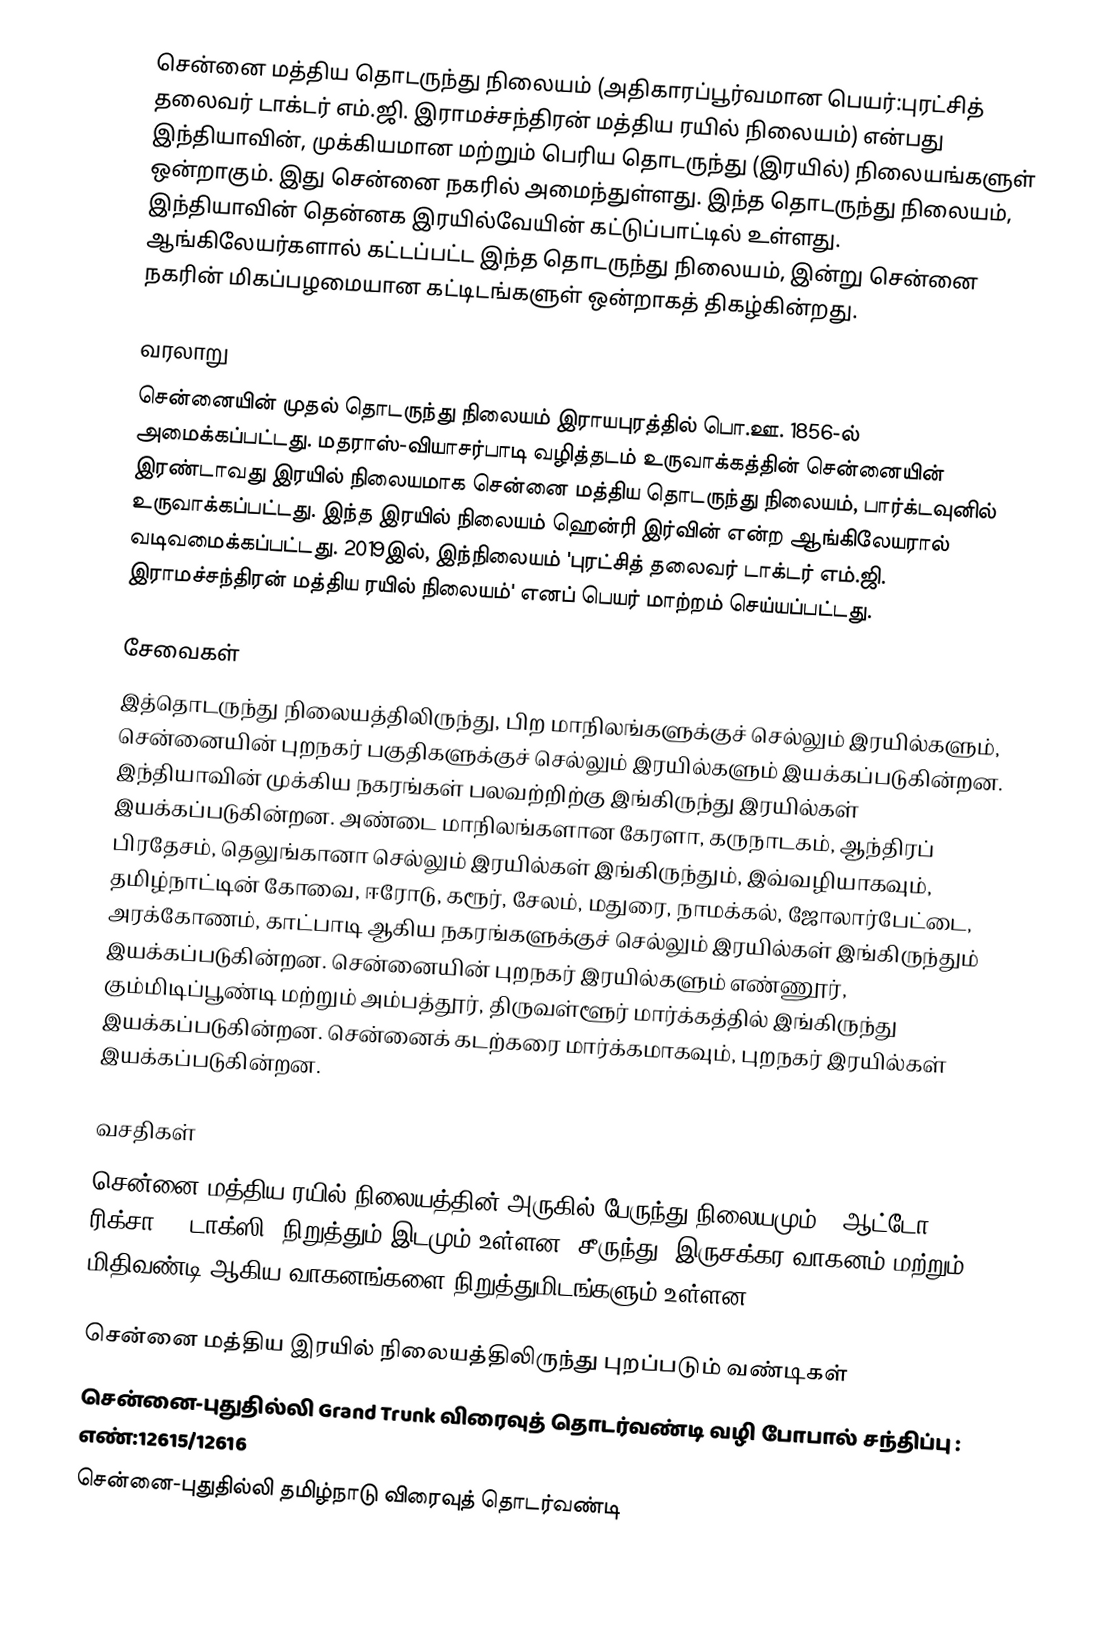
சென்னை மத்திய தொடருந்து நிலையம் (அதிகாரப்பூர்வமான பெயர்:புரட்சித் தலைவர் டாக்டர் எம்.ஜி. இராமச்சந்திரன் மத்திய ரயில் நிலையம்) என்பது இந்தியாவின், முக்கியமான மற்றும் பெரிய தொடருந்து (இரயில்) நிலையங்களுள் ஒன்றாகும். இது சென்னை நகரில் அமைந்துள்ளது. இந்த தொடருந்து நிலையம், இந்தியாவின் தென்னக இரயில்வேயின் கட்டுப்பாட்டில் உள்ளது. ஆங்கிலேயர்களால் கட்டப்பட்ட இந்த தொடருந்து நிலையம், இன்று சென்னை நகரின் மிகப்பழமையான கட்டிடங்களுள் ஒன்றாகத் திகழ்கின்றது.

வரலாறு
சென்னையின் முதல் தொடருந்து நிலையம் இராயபுரத்தில் பொ.ஊ. 1856-ல் அமைக்கப்பட்டது. மதராஸ்-வியாசர்பாடி வழித்தடம் உருவாக்கத்தின் சென்னையின் இரண்டாவது இரயில் நிலையமாக சென்னை மத்திய தொடருந்து நிலையம், பார்க்டவுனில் உருவாக்கப்பட்டது. இந்த இரயில் நிலையம் ஹென்ரி இர்வின் என்ற ஆங்கிலேயரால் வடிவமைக்கப்பட்டது. 2019இல், இந்நிலையம் 'புரட்சித் தலைவர் டாக்டர் எம்.ஜி. இராமச்சந்திரன் மத்திய ரயில் நிலையம்' எனப் பெயர் மாற்றம் செய்யப்பட்டது.

சேவைகள்
இத்தொடருந்து நிலையத்திலிருந்து, பிற மாநிலங்களுக்குச் செல்லும் இரயில்களும், சென்னையின் புறநகர் பகுதிகளுக்குச் செல்லும் இரயில்களும் இயக்கப்படுகின்றன. இந்தியாவின் முக்கிய நகரங்கள் பலவற்றிற்கு இங்கிருந்து இரயில்கள் இயக்கப்படுகின்றன. அண்டை மாநிலங்களான கேரளா, கருநாடகம், ஆந்திரப் பிரதேசம், தெலுங்கானா செல்லும் இரயில்கள் இங்கிருந்தும், இவ்வழியாகவும், தமிழ்நாட்டின் கோவை, ஈரோடு, கரூர், சேலம், மதுரை, நாமக்கல், ஜோலார்பேட்டை, அரக்கோணம், காட்பாடி ஆகிய நகரங்களுக்குச் செல்லும் இரயில்கள் இங்கிருந்தும் இயக்கப்படுகின்றன. சென்னையின் புறநகர் இரயில்களும் எண்ணூர், கும்மிடிப்பூண்டி மற்றும் அம்பத்தூர், திருவள்ளூர் மார்க்கத்தில் இங்கிருந்து இயக்கப்படுகின்றன. சென்னைக் கடற்கரை மார்க்கமாகவும், புறநகர் இரயில்கள் இயக்கப்படுகின்றன.

வசதிகள்
சென்னை மத்திய ரயில் நிலையத்தின் அருகில் பேருந்து நிலையமும், 'ஆட்டோ ரிக்சா', 'டாக்ஸி' நிறுத்தும் இடமும் உள்ளன. சீருந்து, இருசக்கர வாகனம் மற்றும் மிதிவண்டி ஆகிய வாகனங்களை நிறுத்துமிடங்களும் உள்ளன.

சென்னை மத்திய இரயில் நிலையத்திலிருந்து புறப்படும் வண்டிகள்
சென்னை-புதுதில்லி Grand Trunk விரைவுத் தொடர்வண்டி வழி போபால் சந்திப்பு : எண்:12615/12616
சென்னை-புதுதில்லி தமிழ்நாடு விரைவுத் தொடர்வண்டி